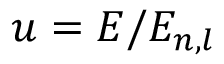
u = E / E _ { n , l }